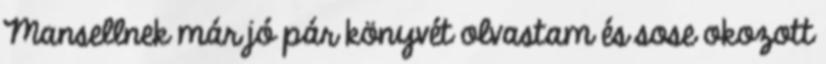
Mansellnek már jó pár könyvét olvastam és sose okozott